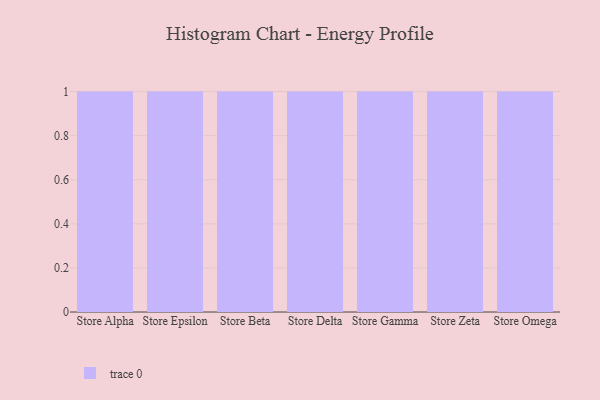
{"axis": {"x": "Store", "y": "Production Output"}, "legend": [""], "data": [{"x": "Store Alpha", "y": 65, "type": ""}, {"x": "Store Epsilon", "y": 50, "type": ""}, {"x": "Store Beta", "y": 62, "type": ""}, {"x": "Store Delta", "y": 88, "type": ""}, {"x": "Store Gamma", "y": 43, "type": ""}, {"x": "Store Zeta", "y": 61, "type": ""}, {"x": "Store Omega", "y": 82, "type": ""}]}